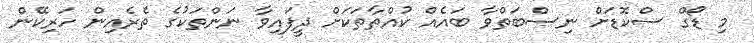
މި ޑޯގް ސްކޮޑަށް ނިސްބަތްވާ ބައެއް ކުއްތާތަކަށް ދީފައިވާ ނަންތަކުގެ ތެރެއިން ހަރިކޭން